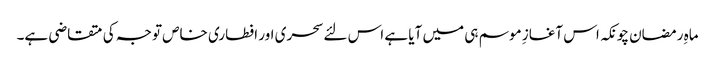
ماہِ رمضان چونکہ اس آغازِ موسم ہی میں آیا ہے اس لئے سحری اور افطاری خاص توجہ کی متقاضی ہے۔